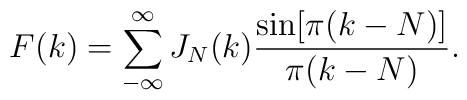
F(k)= \sum_{-\infty}^{\infty}J_N(k)\frac{\sin [\pi (k-N)]}{\pi (k-N)}.